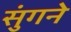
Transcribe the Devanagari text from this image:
सुंगने